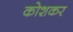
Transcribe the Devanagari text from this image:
कोशकर